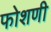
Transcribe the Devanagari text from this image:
फोशणी